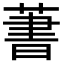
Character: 𦶕